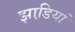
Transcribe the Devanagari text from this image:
झाडि़यां